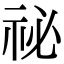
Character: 祕